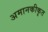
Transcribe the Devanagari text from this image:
अमानकीकृत